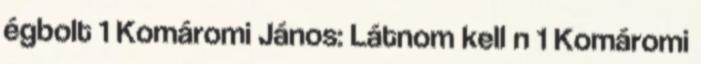
égbolt 1 Komáromi János: Látnom kell n 1 Komáromi